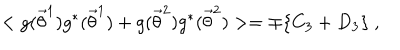
< g ( { \vec { \theta } } ^ { 1 } ) g ^ { * } ( { \vec { \theta } } ^ { 1 } ) + g ( { \vec { \theta } } ^ { 2 } ) g ^ { * } ( { \vec { \theta } } ^ { 2 } ) > = \mp \{ C _ { 3 } + D _ { 3 } \} \ ,